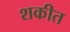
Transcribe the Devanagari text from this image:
शकीत